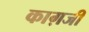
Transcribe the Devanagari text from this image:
काग़जी